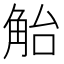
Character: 𲁛